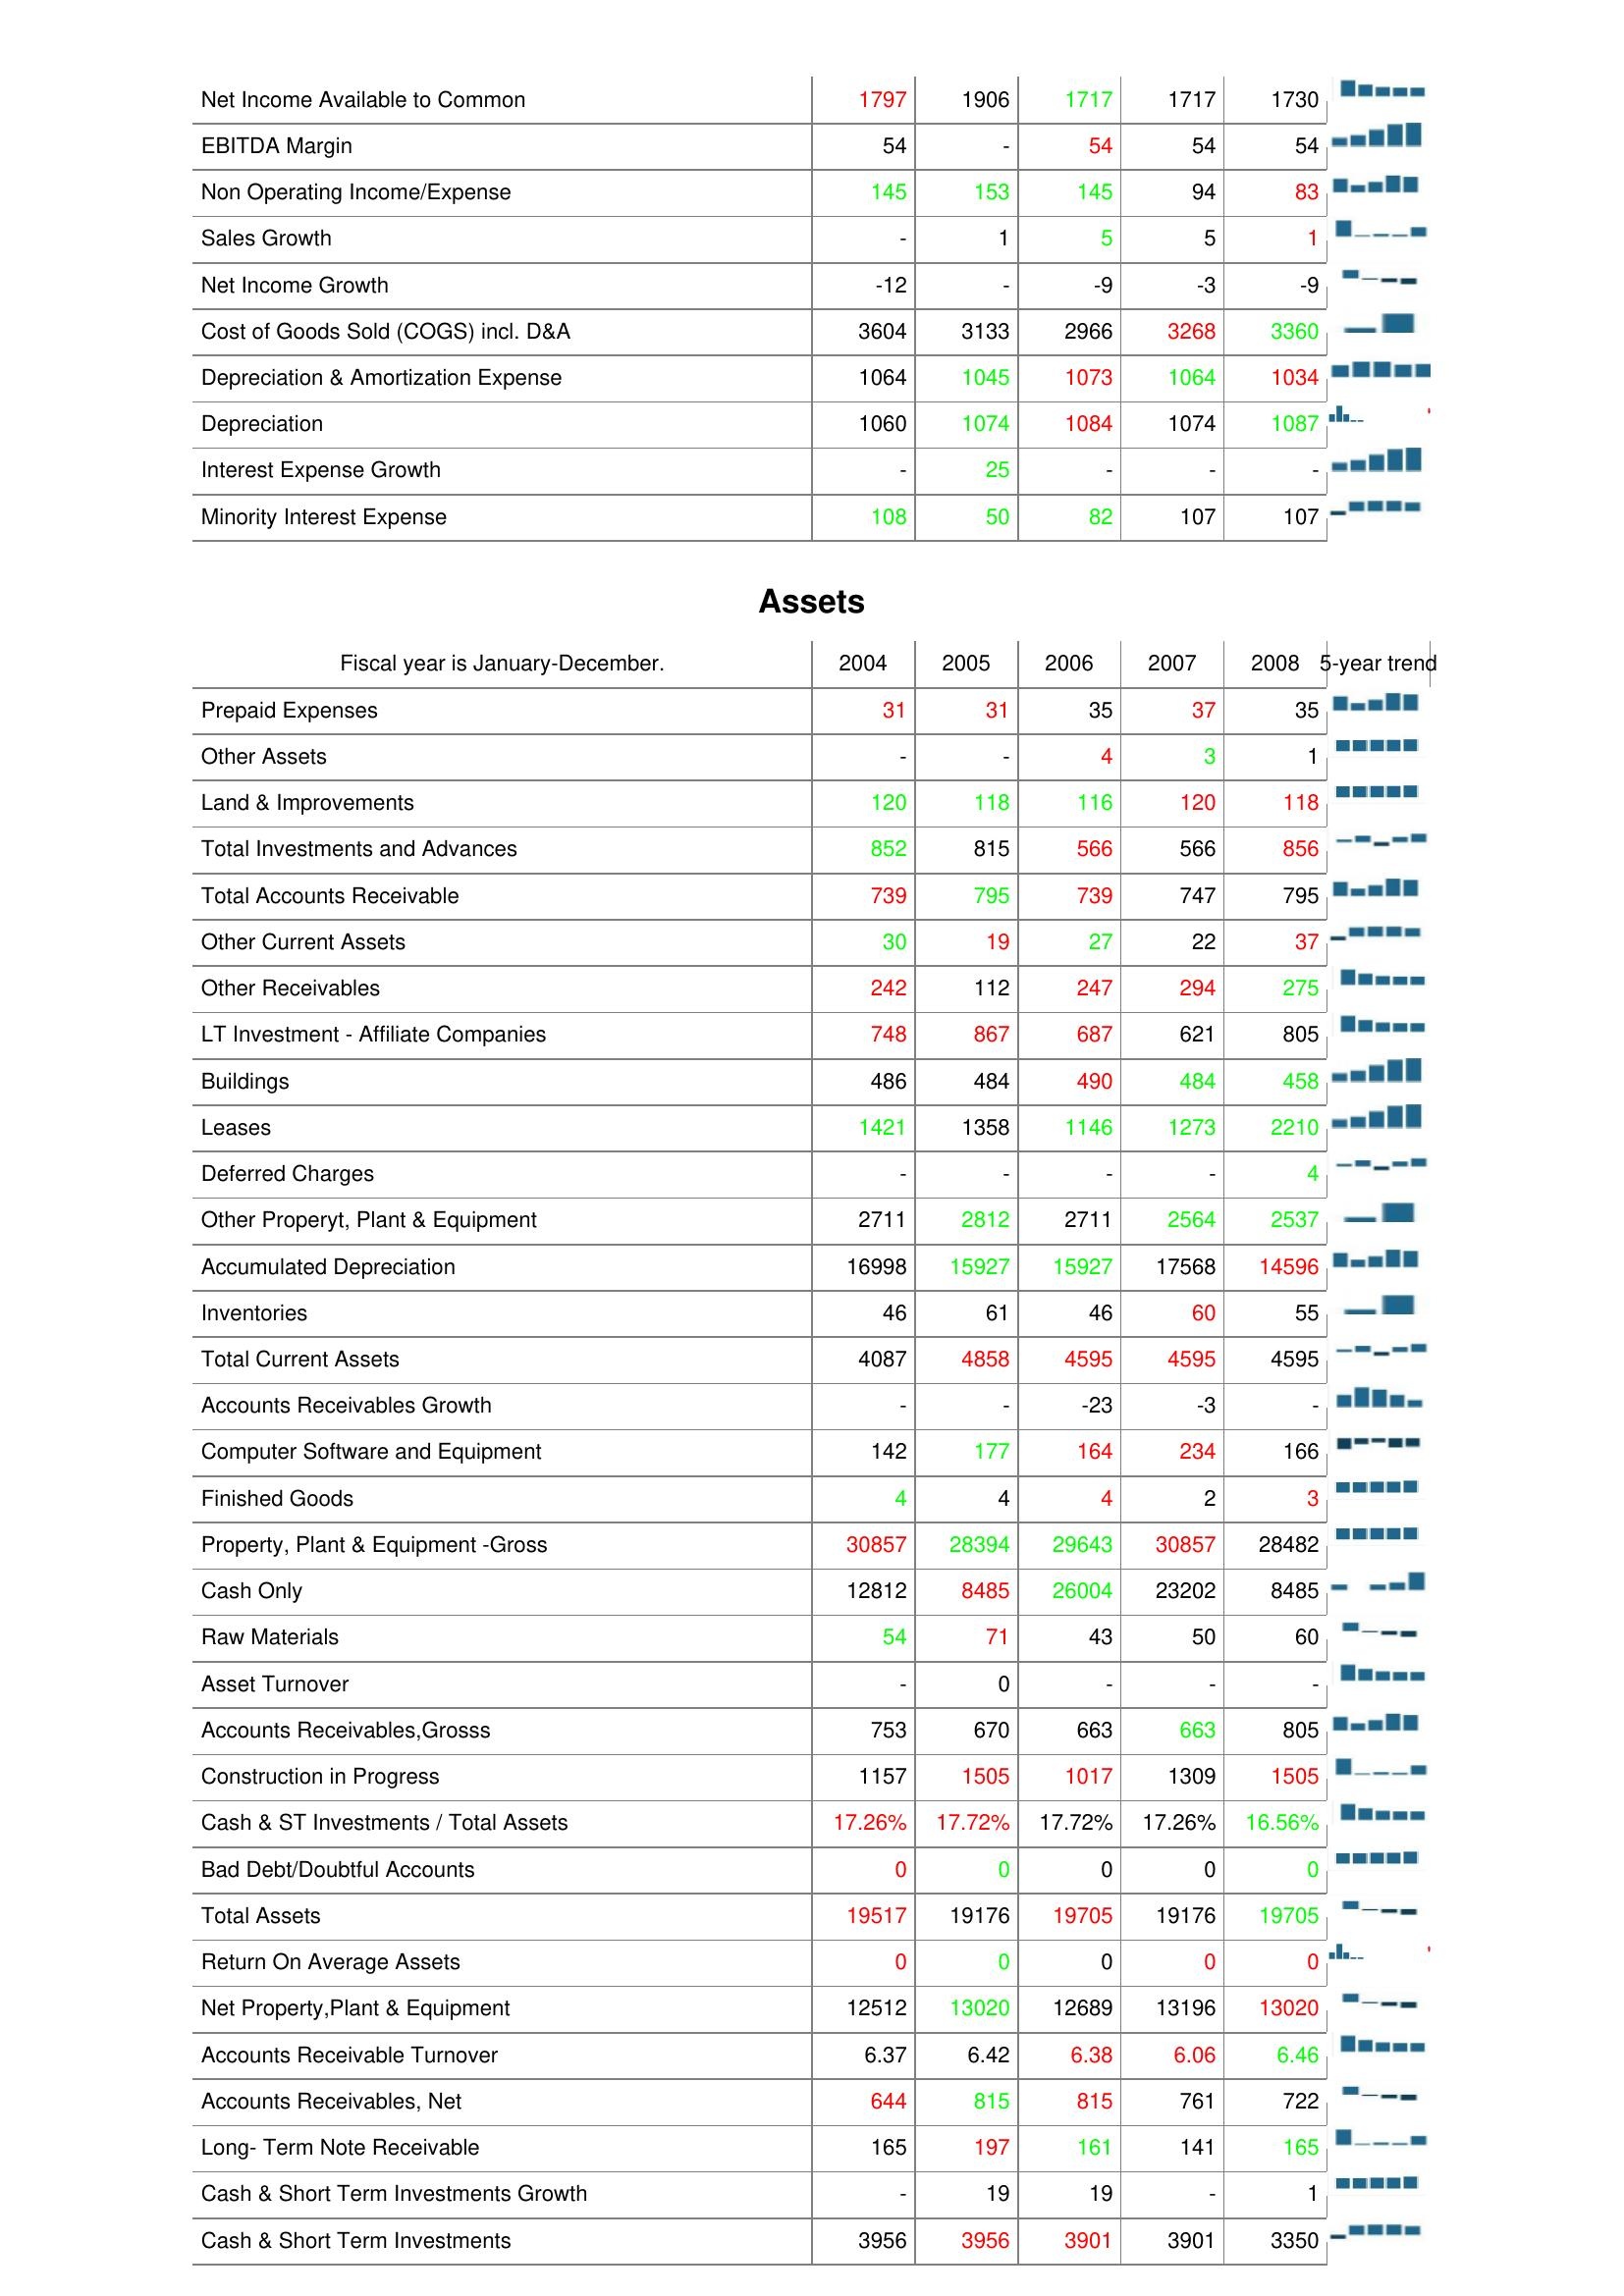
2004: : Net Income Available to Common: 1797
EBITDA Margin: 54
Non Operating Income/Expense: 145
Sales Growth: -
Net Income Growth: -12
Cost of Goods Sold (COGS) incl. D&A: 3604
Depreciation & Amortization Expense: 1064
Depreciation: 1060
Interest Expense Growth: -
Minority Interest Expense: 108
Assets: Prepaid Expenses: 31
Other Assets: -
Land & Improvements: 120
Total Investments and Advances: 852
Total Accounts Receivable: 739
Other Current Assets: 30
Other Receivables: 242
LT Investment - Affiliate Companies: 748
Buildings: 486
Leases: 1421
Deferred Charges: -
Other Properyt, Plant & Equipment: 2711
Accumulated Depreciation: 16998
Inventories: 46
Total Current Assets: 4087
Accounts Receivables Growth: -
Computer Software and Equipment: 142
Finished Goods: 4
Property, Plant & Equipment -Gross: 30857
Cash Only: 12812
Raw Materials: 54
Asset Turnover: -
Accounts Receivables,Grosss: 753
Construction in Progress: 1157
Cash & ST Investments / Total Assets: 17.26%
Bad Debt/Doubtful Accounts: 0
Total Assets: 19517
Return On Average Assets: 0
Net Property,Plant & Equipment: 12512
Accounts Receivable Turnover: 6.37
Accounts Receivables, Net: 644
Long- Term Note Receivable: 165
Cash & Short Term Investments Growth: -
Cash & Short Term Investments: 3956
2005: : Net Income Available to Common: 1906
EBITDA Margin: -
Non Operating Income/Expense: 153
Sales Growth: 1
Net Income Growth: -
Cost of Goods Sold (COGS) incl. D&A: 3133
Depreciation & Amortization Expense: 1045
Depreciation: 1074
Interest Expense Growth: 25
Minority Interest Expense: 50
Assets: Prepaid Expenses: 31
Other Assets: -
Land & Improvements: 118
Total Investments and Advances: 815
Total Accounts Receivable: 795
Other Current Assets: 19
Other Receivables: 112
LT Investment - Affiliate Companies: 867
Buildings: 484
Leases: 1358
Deferred Charges: -
Other Properyt, Plant & Equipment: 2812
Accumulated Depreciation: 15927
Inventories: 61
Total Current Assets: 4858
Accounts Receivables Growth: -
Computer Software and Equipment: 177
Finished Goods: 4
Property, Plant & Equipment -Gross: 28394
Cash Only: 8485
Raw Materials: 71
Asset Turnover: 0
Accounts Receivables,Grosss: 670
Construction in Progress: 1505
Cash & ST Investments / Total Assets: 17.72%
Bad Debt/Doubtful Accounts: 0
Total Assets: 19176
Return On Average Assets: 0
Net Property,Plant & Equipment: 13020
Accounts Receivable Turnover: 6.42
Accounts Receivables, Net: 815
Long- Term Note Receivable: 197
Cash & Short Term Investments Growth: 19
Cash & Short Term Investments: 3956
2006: : Net Income Available to Common: 1717
EBITDA Margin: 54
Non Operating Income/Expense: 145
Sales Growth: 5
Net Income Growth: -9
Cost of Goods Sold (COGS) incl. D&A: 2966
Depreciation & Amortization Expense: 1073
Depreciation: 1084
Interest Expense Growth: -
Minority Interest Expense: 82
Assets: Prepaid Expenses: 35
Other Assets: 4
Land & Improvements: 116
Total Investments and Advances: 566
Total Accounts Receivable: 739
Other Current Assets: 27
Other Receivables: 247
LT Investment - Affiliate Companies: 687
Buildings: 490
Leases: 1146
Deferred Charges: -
Other Properyt, Plant & Equipment: 2711
Accumulated Depreciation: 15927
Inventories: 46
Total Current Assets: 4595
Accounts Receivables Growth: -23
Computer Software and Equipment: 164
Finished Goods: 4
Property, Plant & Equipment -Gross: 29643
Cash Only: 26004
Raw Materials: 43
Asset Turnover: -
Accounts Receivables,Grosss: 663
Construction in Progress: 1017
Cash & ST Investments / Total Assets: 17.72%
Bad Debt/Doubtful Accounts: 0
Total Assets: 19705
Return On Average Assets: 0
Net Property,Plant & Equipment: 12689
Accounts Receivable Turnover: 6.38
Accounts Receivables, Net: 815
Long- Term Note Receivable: 161
Cash & Short Term Investments Growth: 19
Cash & Short Term Investments: 3901
2007: : Net Income Available to Common: 1717
EBITDA Margin: 54
Non Operating Income/Expense: 94
Sales Growth: 5
Net Income Growth: -3
Cost of Goods Sold (COGS) incl. D&A: 3268
Depreciation & Amortization Expense: 1064
Depreciation: 1074
Interest Expense Growth: -
Minority Interest Expense: 107
Assets: Prepaid Expenses: 37
Other Assets: 3
Land & Improvements: 120
Total Investments and Advances: 566
Total Accounts Receivable: 747
Other Current Assets: 22
Other Receivables: 294
LT Investment - Affiliate Companies: 621
Buildings: 484
Leases: 1273
Deferred Charges: -
Other Properyt, Plant & Equipment: 2564
Accumulated Depreciation: 17568
Inventories: 60
Total Current Assets: 4595
Accounts Receivables Growth: -3
Computer Software and Equipment: 234
Finished Goods: 2
Property, Plant & Equipment -Gross: 30857
Cash Only: 23202
Raw Materials: 50
Asset Turnover: -
Accounts Receivables,Grosss: 663
Construction in Progress: 1309
Cash & ST Investments / Total Assets: 17.26%
Bad Debt/Doubtful Accounts: 0
Total Assets: 19176
Return On Average Assets: 0
Net Property,Plant & Equipment: 13196
Accounts Receivable Turnover: 6.06
Accounts Receivables, Net: 761
Long- Term Note Receivable: 141
Cash & Short Term Investments Growth: -
Cash & Short Term Investments: 3901
2008: : Net Income Available to Common: 1730
EBITDA Margin: 54
Non Operating Income/Expense: 83
Sales Growth: 1
Net Income Growth: -9
Cost of Goods Sold (COGS) incl. D&A: 3360
Depreciation & Amortization Expense: 1034
Depreciation: 1087
Interest Expense Growth: -
Minority Interest Expense: 107
Assets: Prepaid Expenses: 35
Other Assets: 1
Land & Improvements: 118
Total Investments and Advances: 856
Total Accounts Receivable: 795
Other Current Assets: 37
Other Receivables: 275
LT Investment - Affiliate Companies: 805
Buildings: 458
Leases: 2210
Deferred Charges: 4
Other Properyt, Plant & Equipment: 2537
Accumulated Depreciation: 14596
Inventories: 55
Total Current Assets: 4595
Accounts Receivables Growth: -
Computer Software and Equipment: 166
Finished Goods: 3
Property, Plant & Equipment -Gross: 28482
Cash Only: 8485
Raw Materials: 60
Asset Turnover: -
Accounts Receivables,Grosss: 805
Construction in Progress: 1505
Cash & ST Investments / Total Assets: 16.56%
Bad Debt/Doubtful Accounts: 0
Total Assets: 19705
Return On Average Assets: 0
Net Property,Plant & Equipment: 13020
Accounts Receivable Turnover: 6.46
Accounts Receivables, Net: 722
Long- Term Note Receivable: 165
Cash & Short Term Investments Growth: 1
Cash & Short Term Investments: 3350